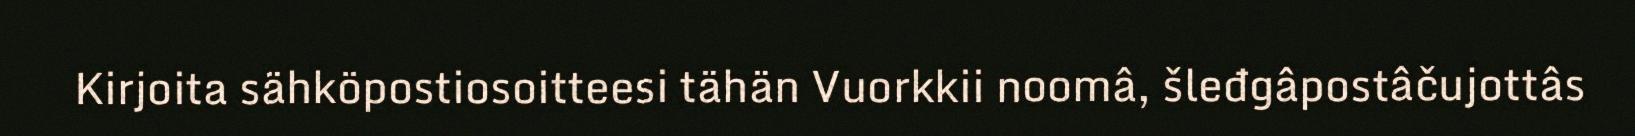
Kirjoita sähköpostiosoitteesi tähän Vuorkkii noomâ, šleđgâpostâčujottâs